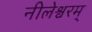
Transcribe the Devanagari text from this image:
नीलेश्वरम्